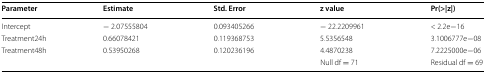
<table><thead><tr><td><b>Parameter</b></td><td><b>Estimate</b></td><td><b>Std. Error</b></td><td><b>z value</b></td><td><b>Pr(&gt;|z|)</b></td></tr></thead><tbody><tr><td>Intercept</td><td>− 2.07555804</td><td>0.093405266</td><td>− 22.2209961</td><td>&lt; 2.2e−16</td></tr><tr><td>Treatment24h</td><td>0.66078421</td><td>0.119368753</td><td>5.5356548</td><td>3.1006777e−08</td></tr><tr><td>Treatment48h</td><td>0.53950268</td><td>0.120236196</td><td>4.4870238</td><td>7.2225000e−06</td></tr><tr><td></td><td></td><td></td><td>Null df = 71</td><td>Residual df = 69</td></tr></tbody></table>